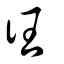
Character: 彺